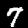
Label: 7